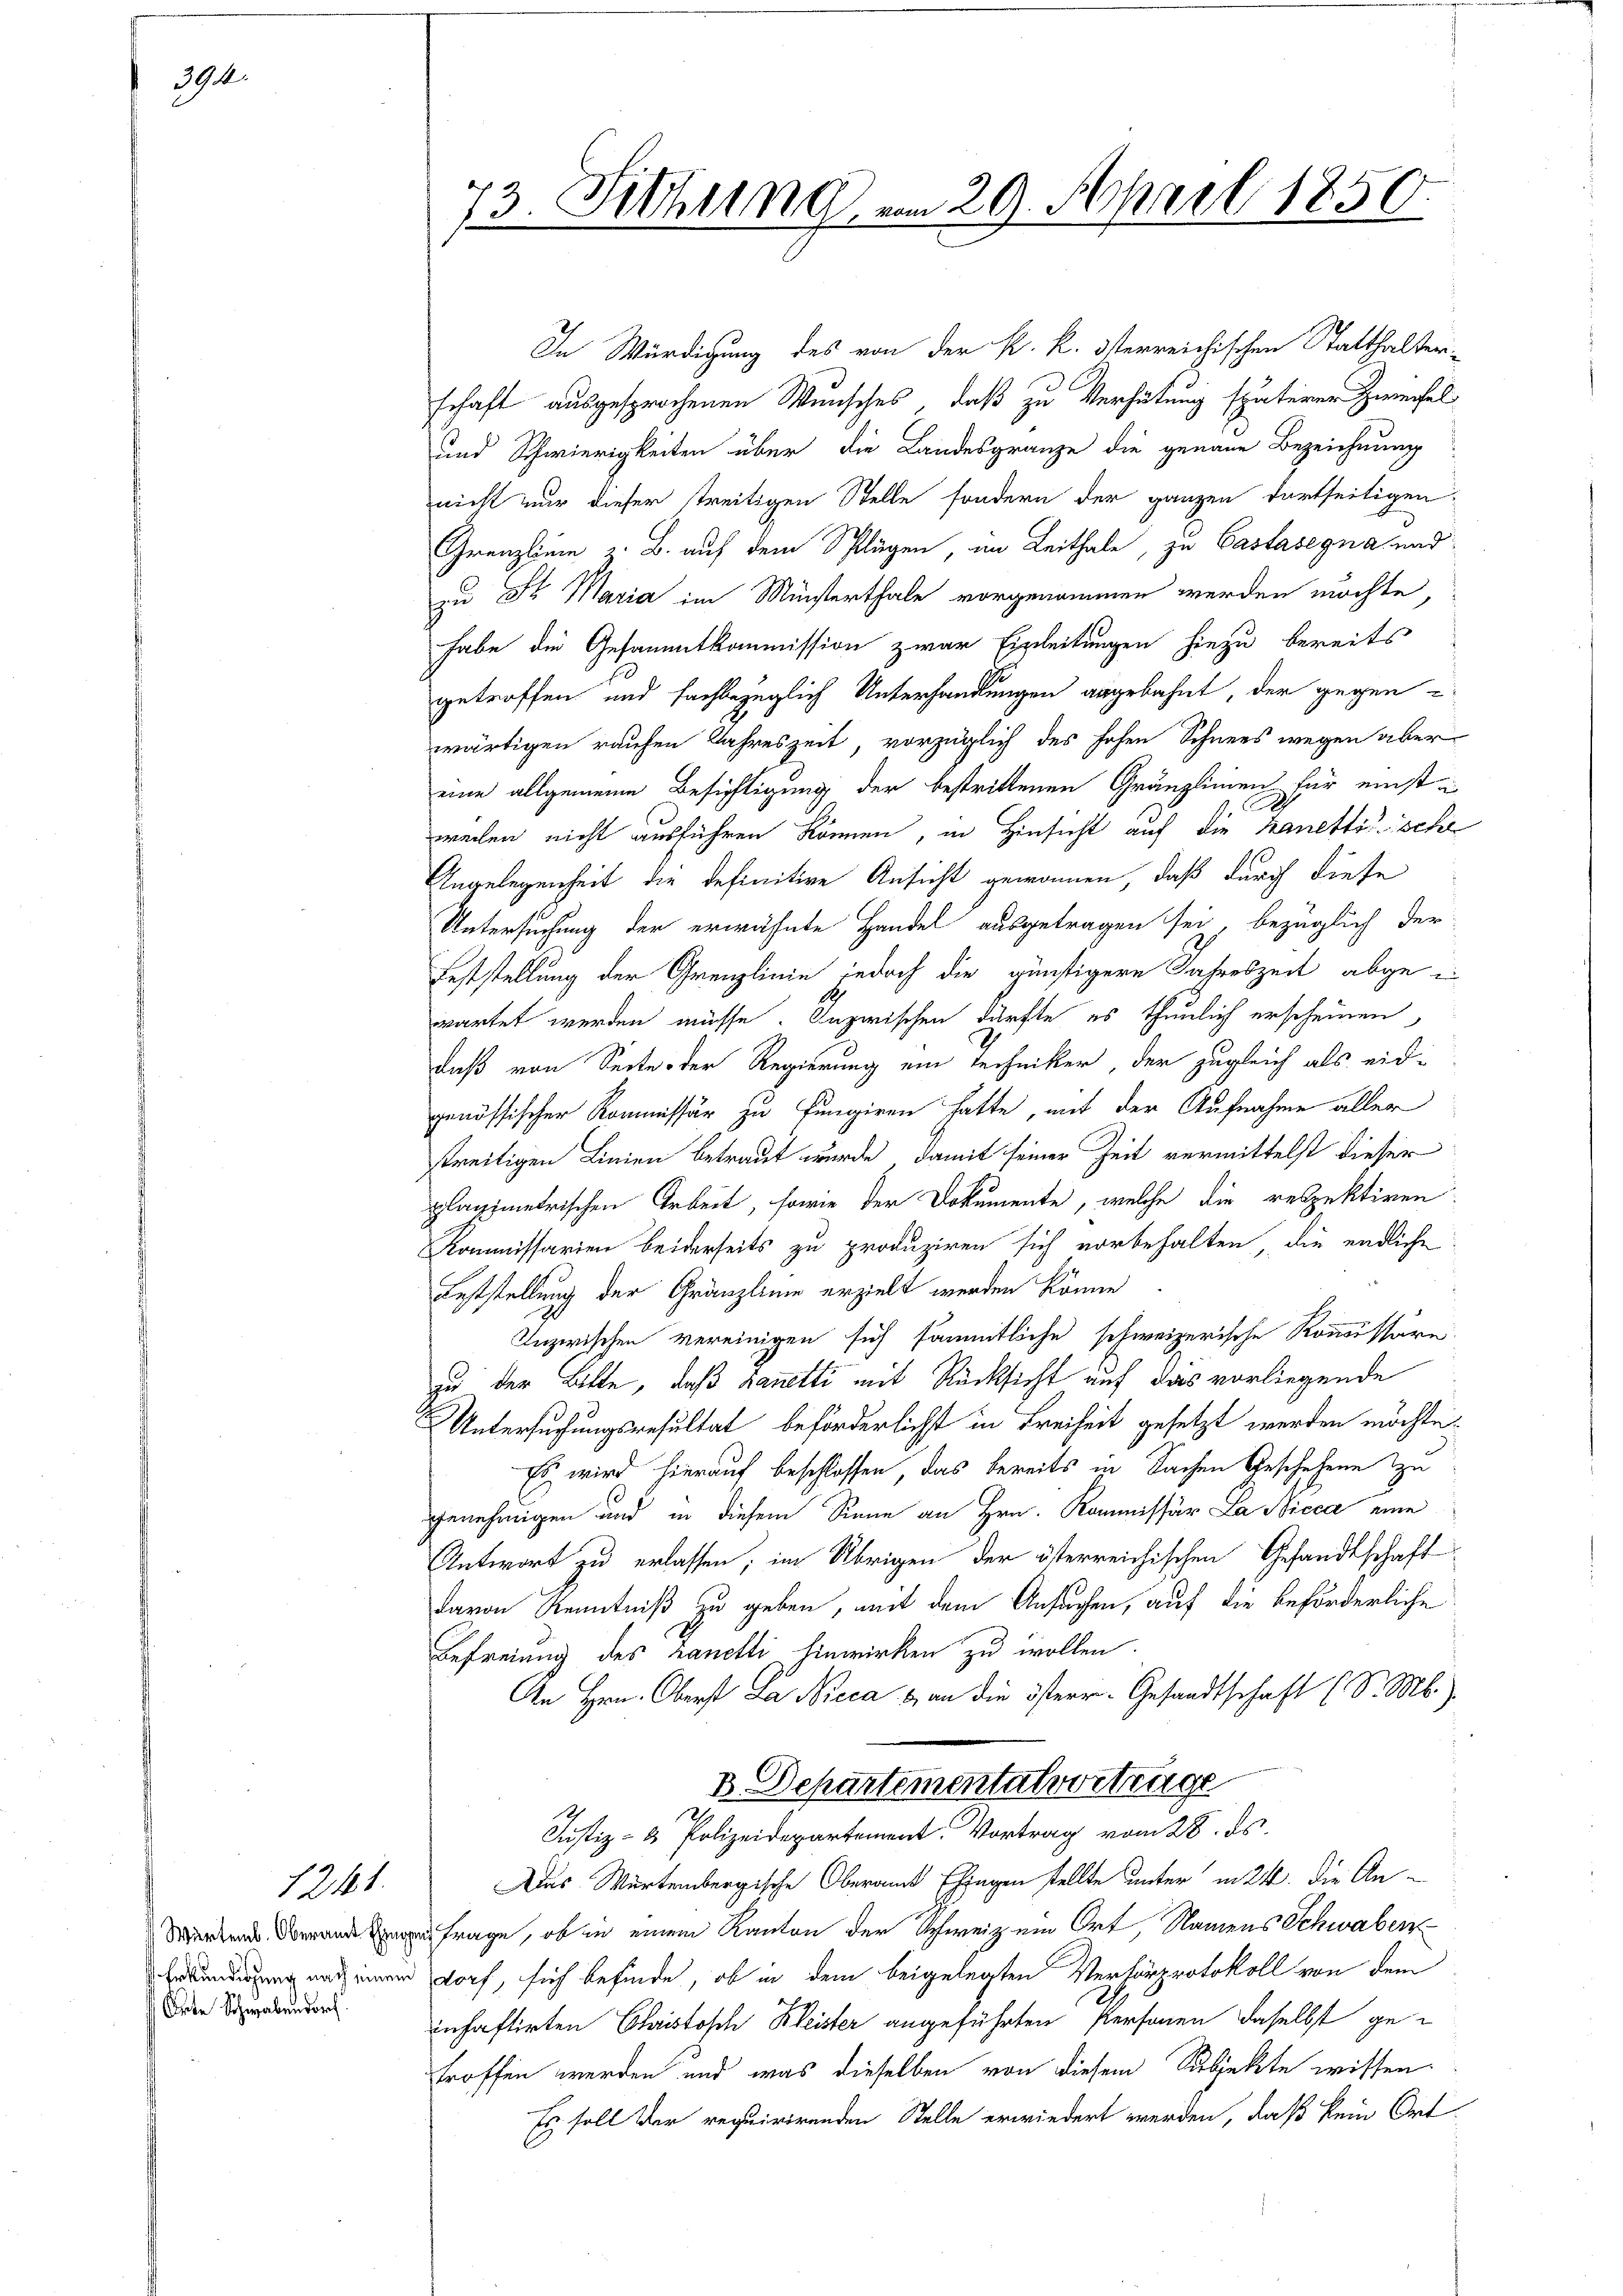
394.

Erkundigung nach einem
Orte Schwabendorf

1241.

73. Sitzung am 29. April 1850.

In Würdigung des von der k. k. österreichischen Statthalter-
schaft ausgesprochenen Wunsches, daß zu Verhütung späterer Zweifel
und Schwierigkeiten über die Landesgränze die genaue Bezeichnung
nicht nur dieser treitigen Stelle sondern der ganzen dortseitigen
Grenzlinie z. B. auf dem Splügen, im Leithale, zu Castasegna und
zu Fr Maria im Münsterthale vorgenommen werden möchte,
habe die Gesammtkommission zwar Einleitungen hiezu bereits
getroffen und fachbezüglich Unterhandlungen angebahnt, der gegen
wärtigen rauchen Jahreszeit, vorzüglich des hohen Schnees wegen aber
eine allgemeine Besichtigung der bestrittenen Gränzlinien für einste
weilen nicht ausführen können, in Hinsicht auf die Kanettische
Angelegenheit die definitive Ansicht gewonnen, daß durch diese
Untersuchung der erwähnte Handel ausgetragen sey, bezüglich der
Feststellung der Grenzlinie jedoch die günstigere Jahreszeit abgewartet werden müsse. Inzwischen dürfte es thunlich erscheinen,
daß von Seite der Regierung ein Techniker, der zugleich als eidgenössischer Kommissär zu fungiren hatte, mit der Aufnahme aller
streitigen Linien betraut wurde, damit seiner Zeit vermittelst dieser
planimetrischen Arbeit, sowie der Dokumente, welche die respektiren
Kommissarien beiderseits zu produziren sich vorbehalten, die endliche
Feststellung der Gränzlinie erzielt werden könne
Inzwischen vereinigen sich sämmtliche schweizerische Kommissäre
zu der Bitte, daß manetti mit Rücksicht auf das vorliegende
Untersuchungsresultat beförderlichst in Freiheit gesetzt werden möchte.
Es wird hierauf beschlossen, das bereits in Sachen Geschehene zu
genehmigen und in diesem Sinne an Hrn. Kommissär La Nicca eine
Antwort zu erlassen; im Übrigen der österreichischen Gesandtschaft
davon Kenntniß zu geben, mit dem Ansuchen, auf die beförderliche
Befreiung des Lanelli hinwirken zu wollen.
An Hrn. Oberst Da Wieca & an die österr. Gesandtschaft (S. M.)
2 Departementalvortrage
Justiz- & Polizeidepartement. Vortrag vom 28. ds.
Aus Würtembergische Oberamt Ehegen stellte unter in 24. die An-
frage, ob in einem Kanton der Schweiz ein Ort, Namens Schwaben
dorf, sich befinde, ob in dem beigelegten Verkörprotokoll von dem
D
inhaftirten Christosch Bleister angeführten Personen daselbst getroffen werden und was dieselben von diesem Subjekte wissen
Es soll der requirirenden Stelle erwiedert werden, daß kein Ort-